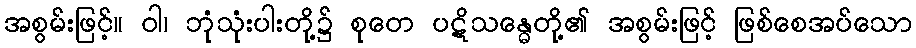
အစွမ်းဖြင့်။ ဝါ၊ ဘုံသုံးပါးတို့၌ စုတေ ပဋိသန္ဓေတို့၏ အစွမ်းဖြင့် ဖြစ်စေအပ်သော